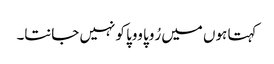
کہتا ہوں میں رُوپا ووپا کو نہیں جانتا۔